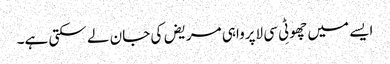
ایسے میں چھوٹِی سی لاپرواہی مریض کی جان لے سکتی ہے۔